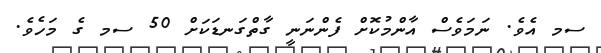
ސމ އެވެ. ނަމަވެސް އާންމުކޮށް ފެންނަނީ ގާތްގަނޑަކަށް 50 ސމ ގެ މަހެވެ.